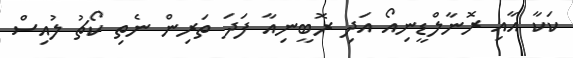
ކަކާ އާއި ރޮނާލްޑީނިއޯ އަދި ރޮބީނިއާ ފަދަ ތަރިން ނެތި ކޯޗު ލުއިސް